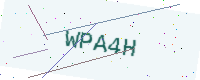
Text: WPA4H